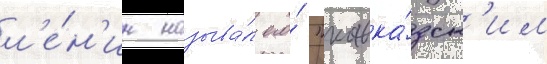
л'е́н'ин называ́л его́ "кавка́зск'им